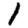
Digit: 1